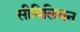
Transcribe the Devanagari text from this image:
सीविलियन